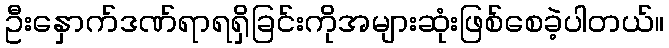
ဦးနှောက်ဒဏ်ရာရရှိခြင်းကိုအများဆုံးဖြစ်စေခဲ့ပါတယ်။